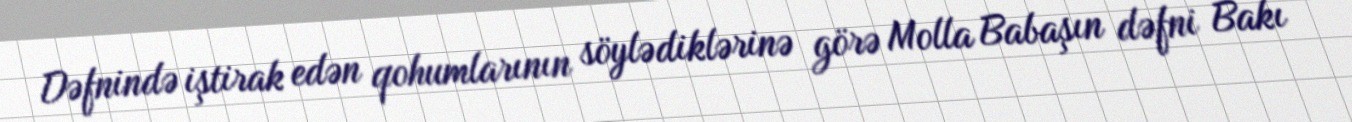
Dəfnində iştirak edən qohumlarının söylədiklərinə görə Molla Babaşın dəfni Bakı